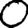
Digit: 0